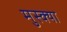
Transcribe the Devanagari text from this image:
मुस्क्या